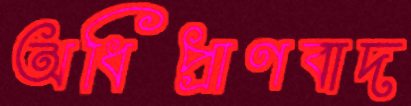
অধিপ্রাণবাদ